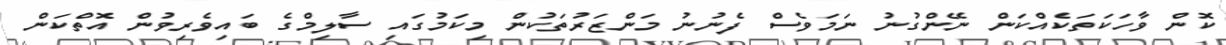
ކޮން ވާހަކަތަކެއްކަން ނޭންގުނު ނަމަވެސް ފެނުނު މަންޒަރުތަކުން މިކަމުގައި ސާލިމްގެ ބައިވެރިވުން އޮތްކަން